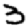
Digit: 3